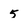
Character: 5